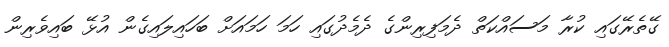
ގޭތެރޭގައި ކުރާ މަސައްކަތް ދެމަފިރިންގެ ދެމެދުގައި ހަމަ ހަމައަށް ބަހައިލައިގެން އުޅޭ ބައިވެރިން